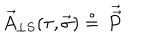
\vec { A } _ { \perp S } ( \tau , \vec { \sigma } ) \stackrel { \circ } { = } \, { \vec { \vec { P } } }